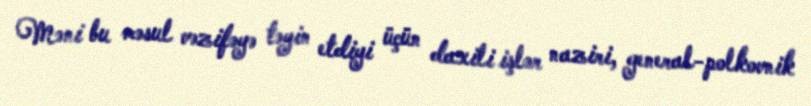
Məni bu məsul vəzifəyə təyin etdiyi üçün daxili işlər naziri, general-polkovnik